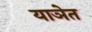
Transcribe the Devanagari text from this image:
याञेत